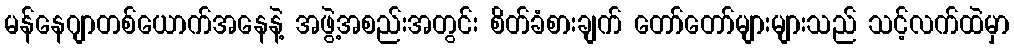
မန်နေဂျာတစ်ယောက်အနေနဲ့ အဖွဲ့အစည်းအတွင်း စိတ်ခံစားချက် တော်တော်များများသည် သင့်လက်ထဲမှာ